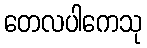
တေလပါကေသု